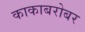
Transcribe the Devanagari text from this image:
काकाबरोबर